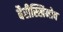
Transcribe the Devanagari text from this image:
बैरीस्खिनोव